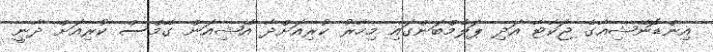
އިންޑޮނޭޝިއާގެ ޖަކާޓާ އަދި ޕަލެމްބަންގައި މިހާރު ކުރިއަށްދާ އޭޝިއަން ގޭމްސް ކުރިއަށް ދާނީ